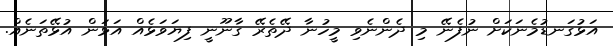
އަޅުގަނޑުމެނަކަށް ނުފެނޭ މި ދެންނެވި މީހުނާ ދޭތެރޭ ގާނޫނީ ފިޔަވަޅެއް އަޅަން އުޅޭތަނެއް.